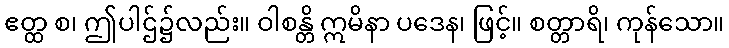
ဧတ္ထ စ၊ ဤပါဌ်၌လည်း။ ဝါစန္တိ ဣမိနာ ပဒေန၊ ဖြင့်။ စတ္တာရိ၊ ကုန်သော။